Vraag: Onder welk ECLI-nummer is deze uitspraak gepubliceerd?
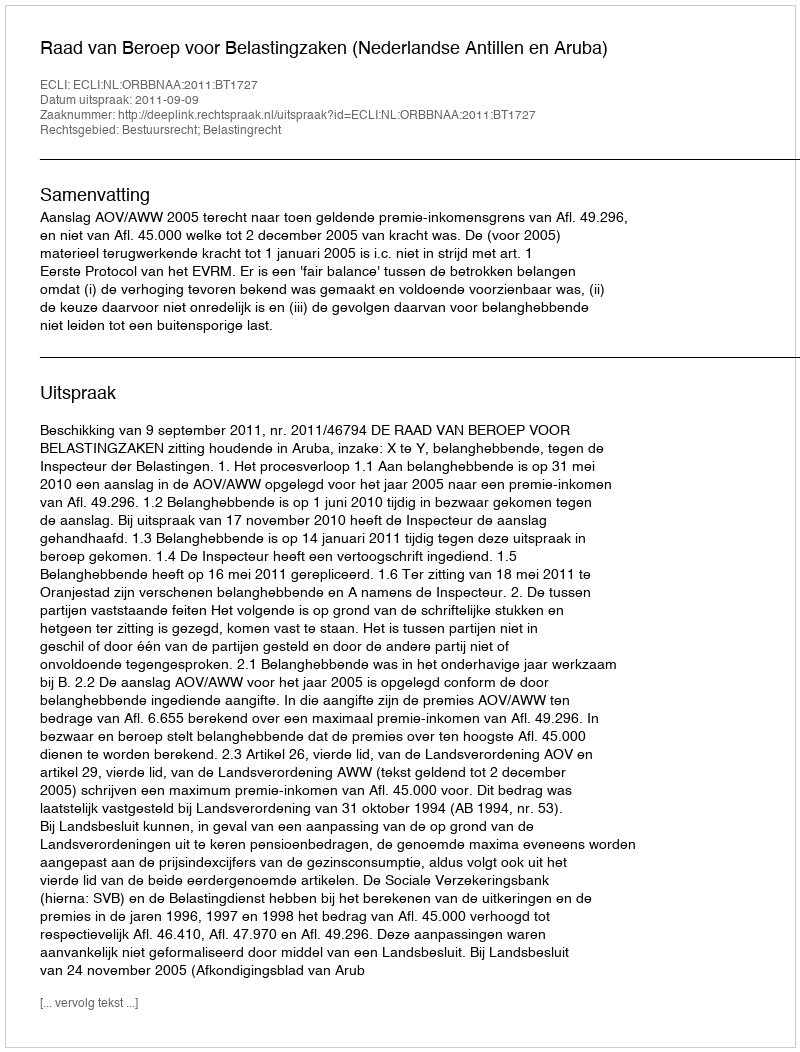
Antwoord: ECLI:NL:ORBBNAA:2011:BT1727